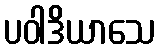
ပဝါဒိယာသေ